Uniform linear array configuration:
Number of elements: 48
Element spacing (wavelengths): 0.75
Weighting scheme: blackman
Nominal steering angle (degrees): -15
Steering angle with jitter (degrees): -14.65
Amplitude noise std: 0.05
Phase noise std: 0.05

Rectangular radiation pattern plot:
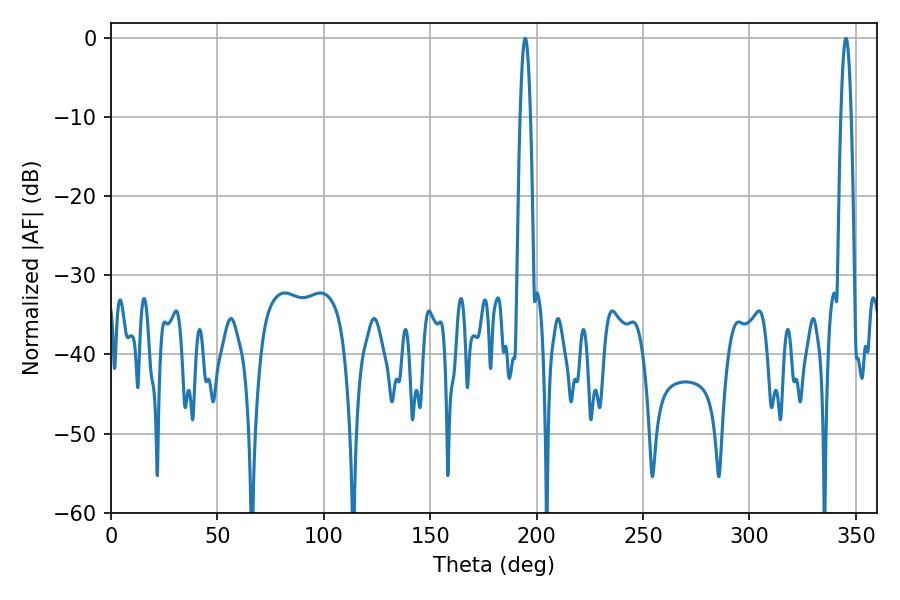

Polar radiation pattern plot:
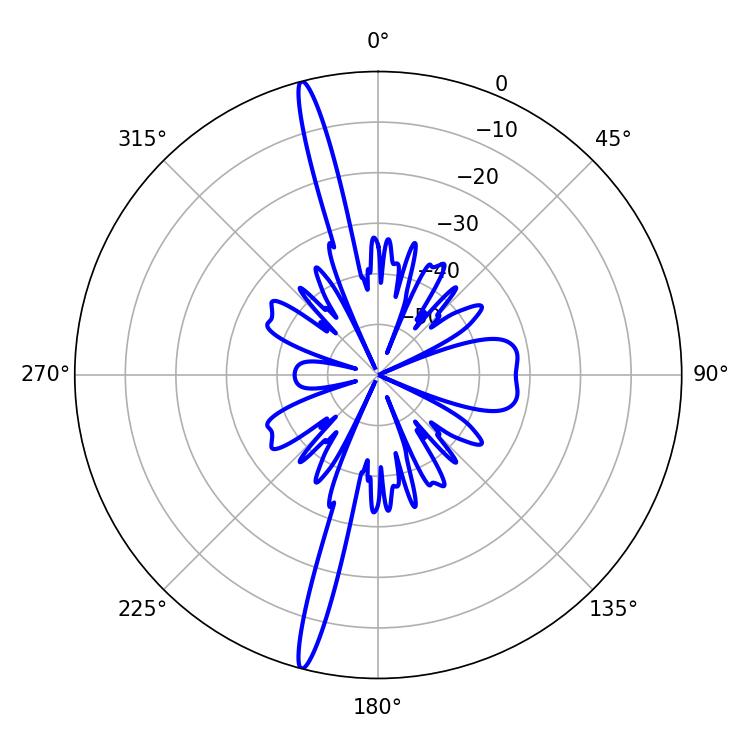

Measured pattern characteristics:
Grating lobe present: TRUE
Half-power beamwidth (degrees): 2.7
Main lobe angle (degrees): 194.58